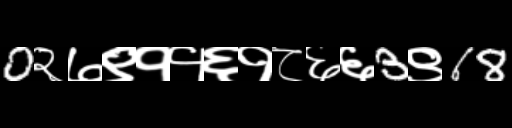
Text: 0२७९११६१८६६3९68